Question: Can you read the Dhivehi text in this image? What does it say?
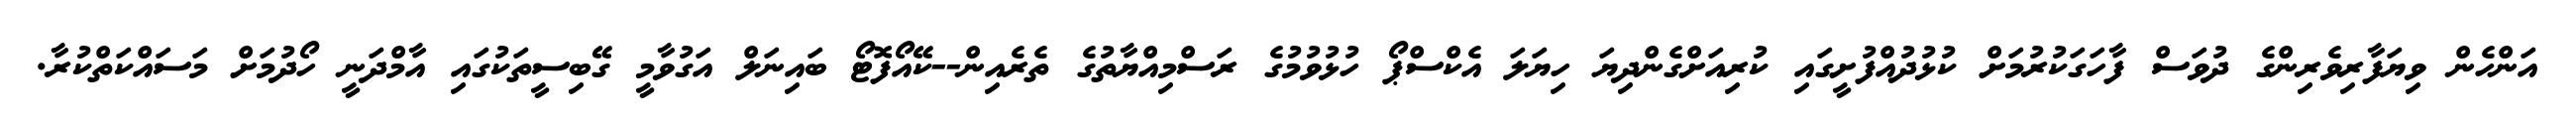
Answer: އަންހެން ވިޔަފާރިވެރިންގެ ދުވަސް ފާހަގަކުރުމަށް ކުޅުދުއްފުށީގައި ކުރިއަށްގެންދިޔަ ހިޔަލަ އެކްސްޕޯ ހުޅުވުމުގެ ރަސްމިއްޔާތުގެ ތެރެއިން--ކޭއޯފޮޓޯ ބައިނަލް އަގުވާމީ ގޭބިސީތަކުގައި އާމްދަނީ ހޯދުމަށް މަސައްކަތްކުރާ.